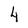
Character: 4